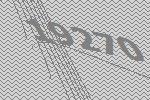
19270